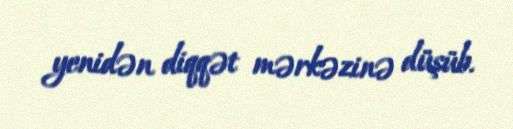
yenidən diqqət mərkəzinə düşüb.